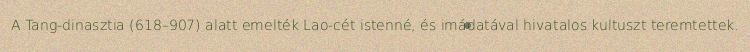
A Tang-dinasztia (618–907) alatt emelték Lao-cét istenné, és imádatával hivatalos kultuszt teremtettek.